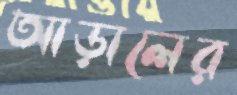
আড়ালের